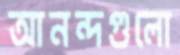
আনন্দগুলো